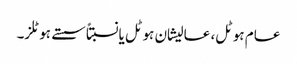
عام ہوٹل، عالیشان ہوٹل یانسبتاً سستے ہوٹلز۔